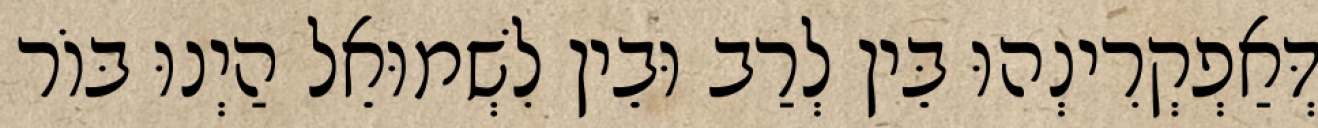
דְּאַפְקְרִינְהוּ בֵּין לְרַב וּבֵין לִשְׁמוּאֵל הַיְנוּ בּוֹר